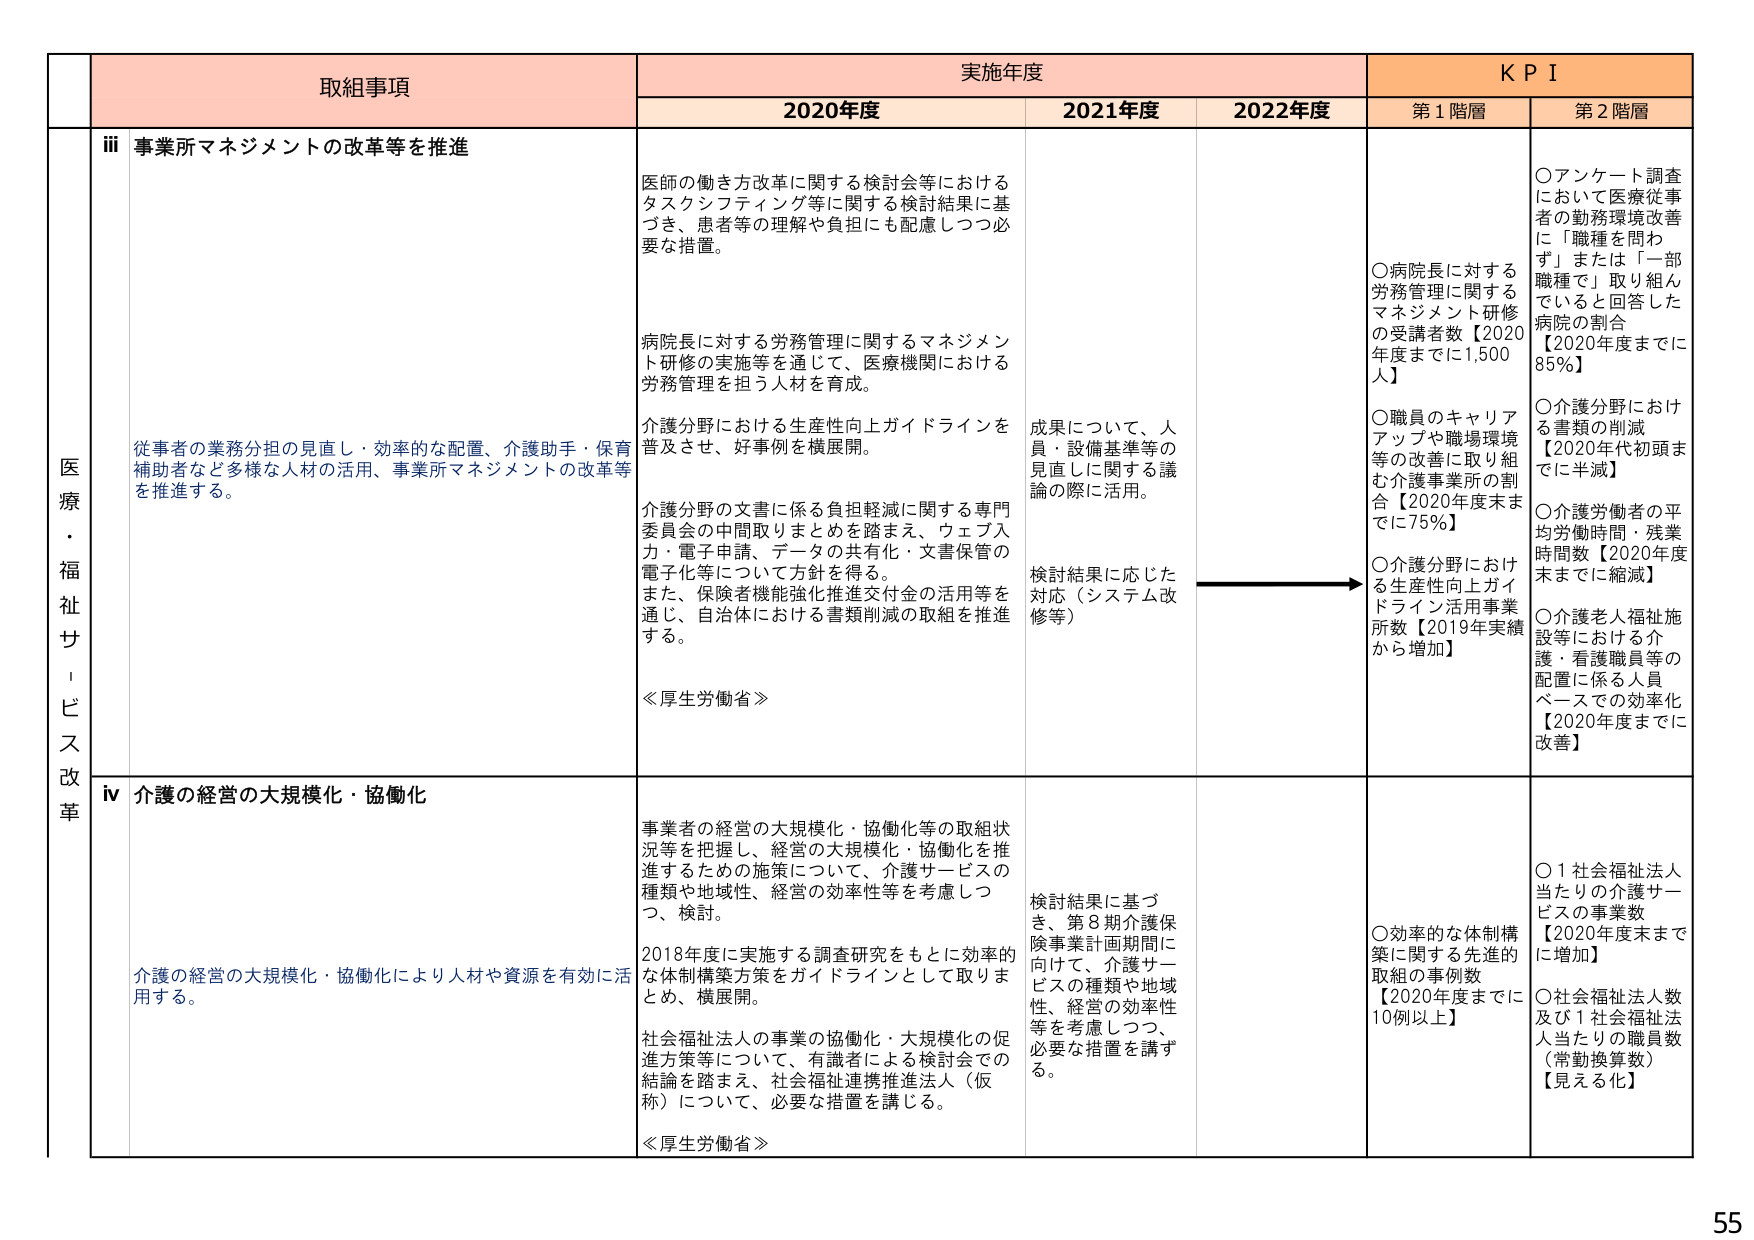
取組事項
実施年度
K P I
2020年度
2021年度
2022年度
第1階層
第2階層
医療・福祉サービス改革
iii 事業所マネジメントの改革等を推進
医師の働き方改革に関する検討会等におけるタスクシフティング等に関する検討結果に基づき、患者等の理解や負担にも配慮しつつ必要な措置。
病院長に対する労務管理に関するマネジメント研修の実施等を通じて、医療機関における労務管理を担う人材を育成。
介護分野における生産性向上ガイドラインを普及させ、好事例を横展開。
介護分野の文書に係る負担軽減に関する専門委員会の中間取りまとめを踏まえ、ウェブ入力・電子申請、データの共有化・文書保管の電子化等について方針を得る。
また、保険者機能強化推進交付金の活用等を通じ、自治体における書類削減の取組を推進する。
≪厚生労働省≫
成果について、人員・設備基準等の見直しに関する議論の際に活用。
検討結果に応じた対応（システム改修等）
○病院長に対する労務管理に関するマネジメント研修の受講者数【2020年度までに1,500人】
○職員のキャリアアップや職場環境等の改善に取り組む介護事業所の割合【2020年度末までに75%】
○介護分野における生産性向上ガイドライン活用事業所数【2019年実績から増加】
○アンケート調査において医療従事者の勤務環境改善に「職種を問わず」または「一部職種で」取り組んでいると回答した病院の割合【2020年度までに85%】
○介護分野における書類の削減【2020年代初頭までに半減】
○介護労働者の平均労働時間・残業時間数【2020年度末までに縮減】
○介護老人福祉施設等における介護・看護職員等の配置に係る人員ベースでの効率化【2020年度までに改善】
従事者の業務分担の見直し・効率的な配置、介護助手・保育補助者など多様な人材の活用、事業所マネジメントの改革等を推進する。
iv 介護の経営の大規模化・協働化
事業者の経営の大規模化・協働化等の取組状況等を把握し、経営の大規模化・協働化を推進するための施策について、介護サービスの種類や地域性、経営の効率性等を考慮しつつ、検討。
2018年度に実施する調査研究をもとに効率的な体制構築方策をガイドラインとして取りまとめ、横展開。
社会福祉法人の事業の協働化・大規模化の促進方策等について、有識者による検討会での結論を踏まえ、社会福祉連携推進法人（仮称）について、必要な措置を講じる。
≪厚生労働省≫
検討結果に基づき、第8期介護保険事業計画期間に向けて、介護サービスの種類や地域性、経営の効率性等を考慮しつつ、必要な措置を講ずる。
○効率的な体制構築に関する先進的取組の事例数【2020年度までに10例以上】
○1社会福祉法人当たりの介護サービスの事業数【2020年度末までに増加】
○社会福祉法人人数及び1社会福祉法人当たりの職員数（常勤換算数）【見える化】
介護の経営の大規模化・協働化により人材や資源を有効に活用する。
55